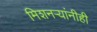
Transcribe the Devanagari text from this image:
मिशनर्‍यांनीही